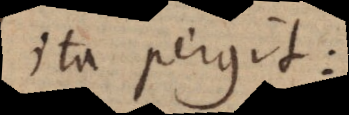
ita pergit: